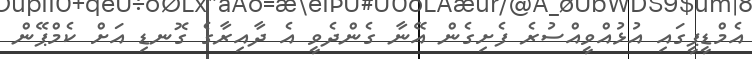
އެމްޑީޕީގައި އުޅުއްވީއްސުރެ ފެށިގެން އޭނާ ގެންދެވީ އެ ދާއިރާގެ ގޮނޑި އަށް ކެމްޕޭން